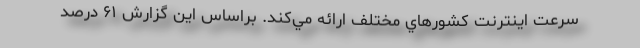
سرعت اينترنت كشورهاي مختلف ارائه مي‌كند. براساس اين گزارش ۶۱ درصد